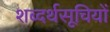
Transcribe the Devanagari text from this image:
शब्दर्थसूचियों